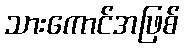
သားကောင်အဖြစ်